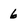
Character: 6